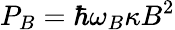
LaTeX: P_{B}=\hbar\omega_{B}\kappa B^{2}